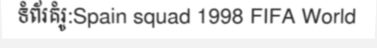
ទំព័រគំរូ:Spain squad 1998 FIFA World